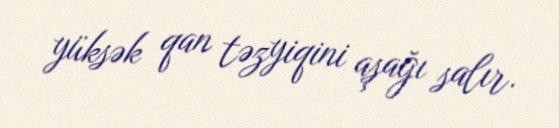
yüksək qan təzyiqini aşağı salır.